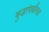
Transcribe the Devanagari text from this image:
बुद्धांपर्यंतचा